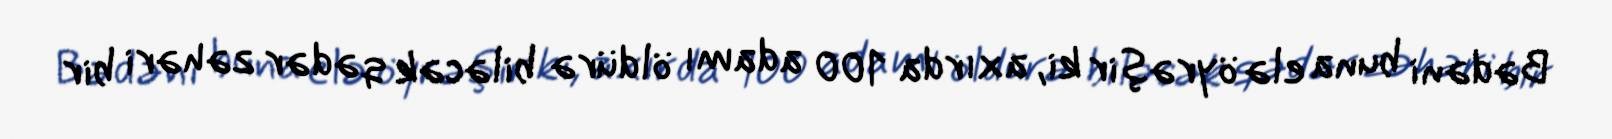
Bədəni buna elə öyrəşir ki, axırda 100 adamı öldürə biləcək qədər zəhəri bir